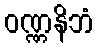
ဝဏ္ဏနိဘံ